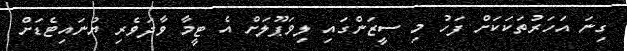
ގިނަ އަހަރުތަކަކަށް ފަހު މި ސީޒަންގައި ލިވަޕޫލަށް އެ ޓީމާ ވާދަވެރި ޔުނައިޓެޑަށް